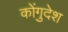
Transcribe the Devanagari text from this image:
कोंगुदेश